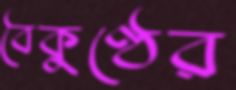
বৈকুণ্ঠের